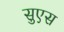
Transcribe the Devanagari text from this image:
सुएस